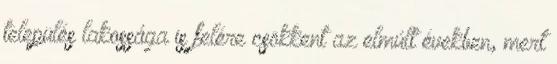
település lakossága is felére csökkent az elmúlt években, mert